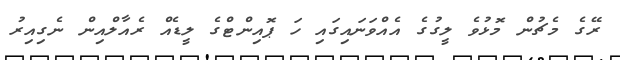
ރޭގެ މެޗުން މޮޅުވެ ލީގުގެ އެއްވަނައިގައި ހަ ޕޮއިންޓްގެ ލީޑެއް ރެއާލްއިން ނެގިއިރު